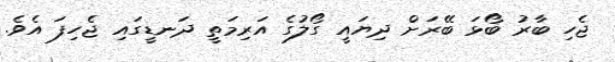
ޖެހި ބާރު ބޯޅަ ބޭރަށް ދިޔައީ ގޯލުގެ އަރިމަތީ ދަނޑީގައި ޖެހިފަ އެވެ.